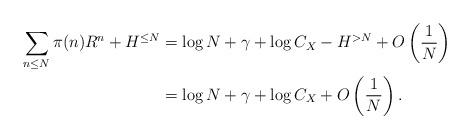
LaTeX: \begin{align*}\sum_{n \le N} \pi(n) R^{n} +H^{\le N} &= \log N+ \gamma+ \log C_{X}- H^{>N}+ O \left( \dfrac{1}{N} \right) \\&= \log N+ \gamma+ \log C_{X}+ O \left( \dfrac{1}{N} \right). \end{align*}